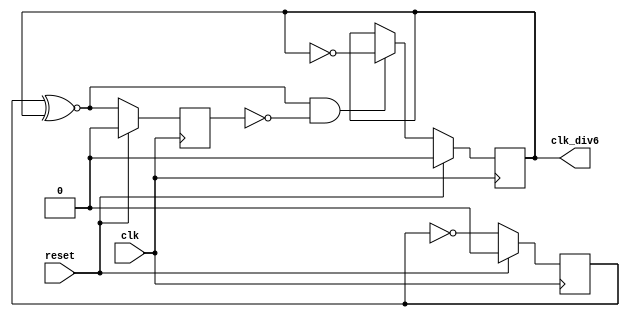
module clk_6 (
	input	wire	reset,
	input	wire	clk,
	output	reg	clk_div6
);

reg	clk_div2;
reg	d;

always @(posedge clk)
if (reset)
	{clk_div2, clk_div6, d} <= 3'h0;
else begin
	clk_div2 <= ~clk_div2;
	clk_div6 <= (clk_div2 ~^ clk_div6) & ~d ? ~clk_div6 : clk_div6;
	d <= clk_div2 ~^ clk_div6;
end
endmodule
module top;

reg	reset = 0;
wire	clk;
wire	clk_div6;

clk clk_module
(
	.clk	(clk)
);

clk_6	clk_6_module
(
	.reset		(reset),
	.clk		(clk),
	.clk_div6	(clk_div6)
);

initial begin
	reset = 1;
	#2
	reset = 0;
	#100
	$stop;
end
endmodule